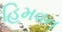
હિમવન